Report on vaccination in the Province of Bengal - 1869-1873
Year: 1869
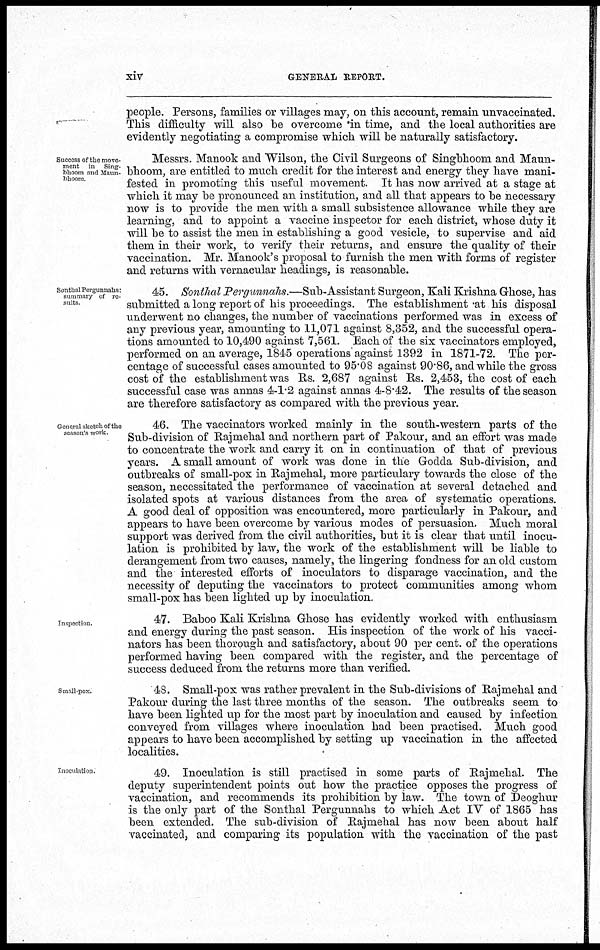
xiv
GENERAL REPORT.
people. Persons, families or villages may, on this account, remain unvaccinated.
This difficulty will also be overcome in time, and the local authorities are
evidently negotiating a compromise which will be naturally satisfactory.
Success of the move-
ment in Sing-
bhoom and Maun-
bhoom.
Messrs. Manook and Wilson, the Civil Surgeons of Singbhoom and Maun-
bhoom, are entitled to much credit for the interest and energy they have mani-
fested in promoting this useful movement. It has now arrived at a stage at
which it may be pronounced an institution, and all that appears to be necessary
now is to provide the men with a small subsistence allowance while they are
learning, and to appoint a vaccine inspector for each district, whose duty it
will be to assist the men in establishing a good vesicle, to supervise and aid
them in their work, to verify their returns, and ensure the quality of their
vaccination. Mr. Manook's proposal to furnish the men with forms of register
and returns with vernacular headings, is reasonable.
Sonthal Pergunnahs:
summary of re-
sults.
45. Sonthal Pergunnahs.—Sub-Assistant Surgeon, Kali Krishna Ghose, has
submitted a long report of his proceedings. The establishment at his disposal
underwent no changes, the number of vaccinations performed was in excess of
any previous year, amounting to 11,071 against 8,352, and the successful opera-
tions amounted to 10,490 against 7,561. Each of the six vaccinators employed,
performed on an average, 1845 operations against 1392 in 1871-72. The per-
centage of successful cases amounted to 95.08 against 90.86, and while the gross
cost of the establishment was Rs. 2,687 against Rs. 2,453, the cost of each
successful case was annas 4-1.2 against annas 4-8.42. The results of the season
are therefore satisfactory as compared with the previous year.
General sketch of the
season's work.
46. The vaccinators worked mainly in the south-western parts of the
Sub-division of Rajmehal and northern part of Pakour, and an effort was made
to concentrate the work and carry it on in continuation of that of previous
years. A small amount of work was done in the Godda Sub-division, and
outbreaks of small-pox in Rajmehal, more particulary towards the close of the
season, necessitated the performance of vaccination at several detached and
isolated spots at various distances from the area of systematic operations.
A good deal of opposition was encountered, more particularly in Pakour, and
appears to have been overcome by various modes of persuasion. Much moral
support was derived from the civil authorities, but it is clear that until inocu-
lation is prohibited by law, the work of the establishment will be liable to
derangement from two causes, namely, the lingering fondness for an old custom
and the interested efforts of inoculators to disparage vaccination, and the
necessity of deputing the vaccinators to protect communities among whom
small-pox has been lighted up by inoculation.
Inspection.
47. Baboo Kali Krishna Ghose has evidently worked with enthusiasm
and energy during the past season. His inspection of the work of his vacci-
nators has been thorough and satisfactory, about 90 per cent. of the operations
performed having been compared with the register, and the percentage of
success deduced from the returns more than verified.
Small-pox.
48. Small-pox was rather prevalent in the Sub-divisions of Rajmehal and
Pakour during the last three months of the season. The outbreaks seem to
have been lighted up for the most part by inoculation and caused by infection
conveyed from villages where inoculation had been practised. Much good
appears to have been accomplished by setting up vaccination in the affected
localities.
Inoculation.
49. Inoculation is still practised in some parts of Rajmehal. The
deputy superintendent points out how the practice opposes the progress of
vaccination, and recommends its prohibition by law. The town of Deoghur
is the only part of the Sonthal Pergunnahs to which Act IV of 1865 has
been extended. The sub-division of Rajmehal has now been about half
vaccinated, and comparing its population with the vaccination of the past